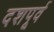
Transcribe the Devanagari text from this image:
दशपूर्व